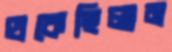
থকেছিলাম